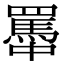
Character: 𦌭